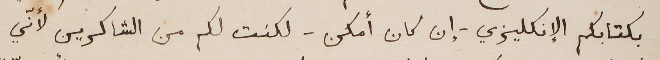
بكتابكم الإنكليزي - إن كان أمكن - لكنت لكم من الشاكرين لأنّي